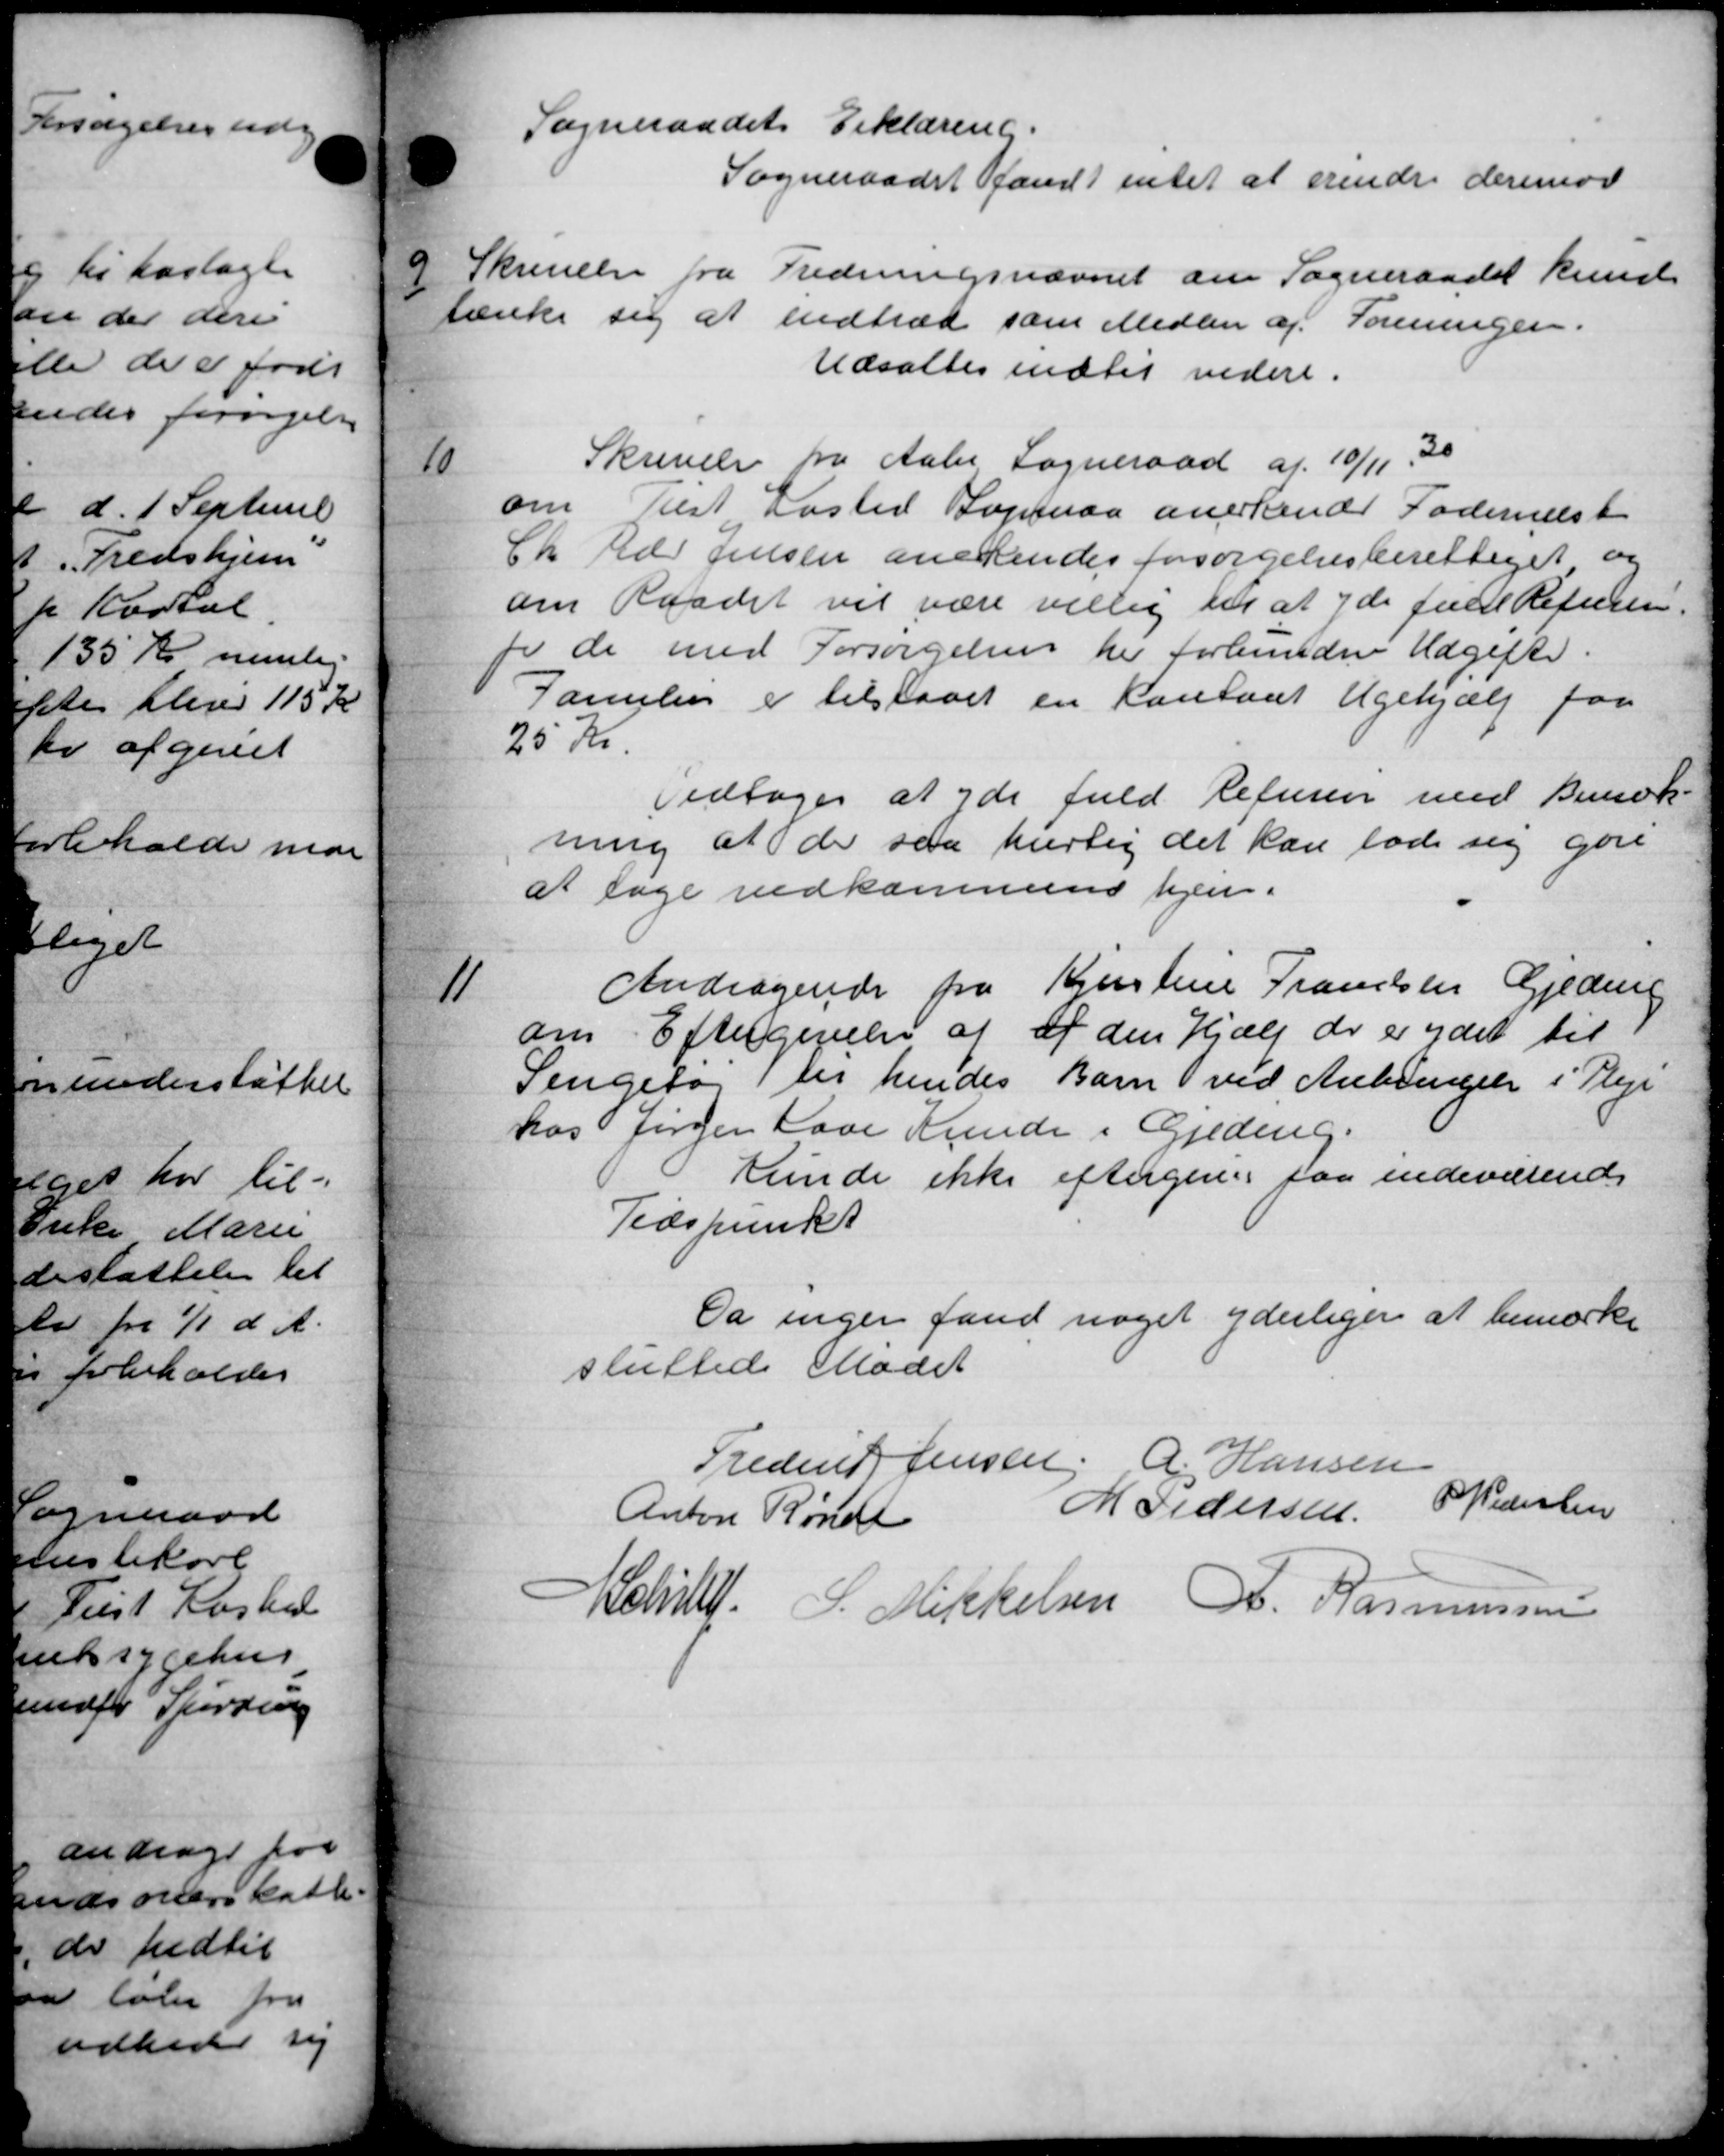
Transskription:
Sogneraadets Erklæring.
Sogneraadet fandt intet at erindre derimod
9
Skrivelse fra Fredningsnævnet om Sogneraadet kunde
ænke sig at indtræd som Medlem af Foreningen.
Udsattes indtil videre.
10
Skrivelse fra Aaby Sogneraad af 10/11 30
om Tilst Kasted Sopmaa anerkende Fadernæst
Ch Gdr Jensen anerkendes forsørgelsesberettiget og
om Raadet vil være villig til at yde Juul Refusion.
fr de med Forsørgelsen her forbundne Udgifter.
Familier er tilstaaet en Kontant Ugehjælp paa
25 Kr.
Vedtoges at yde fuld Refusion med Bemærk-
ning at de saa hurtig det kan lade sig gøre
at tage vedkommens hjem.
11
Andragende fra Kjerstine Tranelsen Gjeding
om Eftergivelse af af den Hjælp der er ydet til
Pengebog der hendes Barn ved Anbringelse i Pleje
hos Jørgen Lave Krende i Gjeding.
kunde ikke eftergive faa indeværende
Tidspunkt
Da ingen fand noget yderliger at bemærke
sluttede Mødet
Frederik Jensen, A. Hansen
P Pedersen
M Pedersen
Anton Rønde
J chef S. Mikkelsen R. Rasmussen